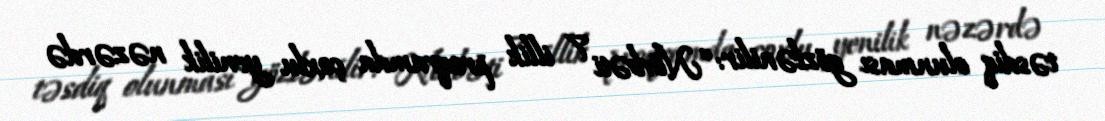
təsdiq olunması gözlənilir: “Növbəti 7 illik proqramda çoxlu yenilik nəzərdə